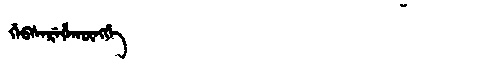
Manchu: ᡤᡝᠪᠰᡝᡵᡝᡥᠠᡴᡡᠩᡤᡝ
Romanization: GEBSEREHAKŪNGGE